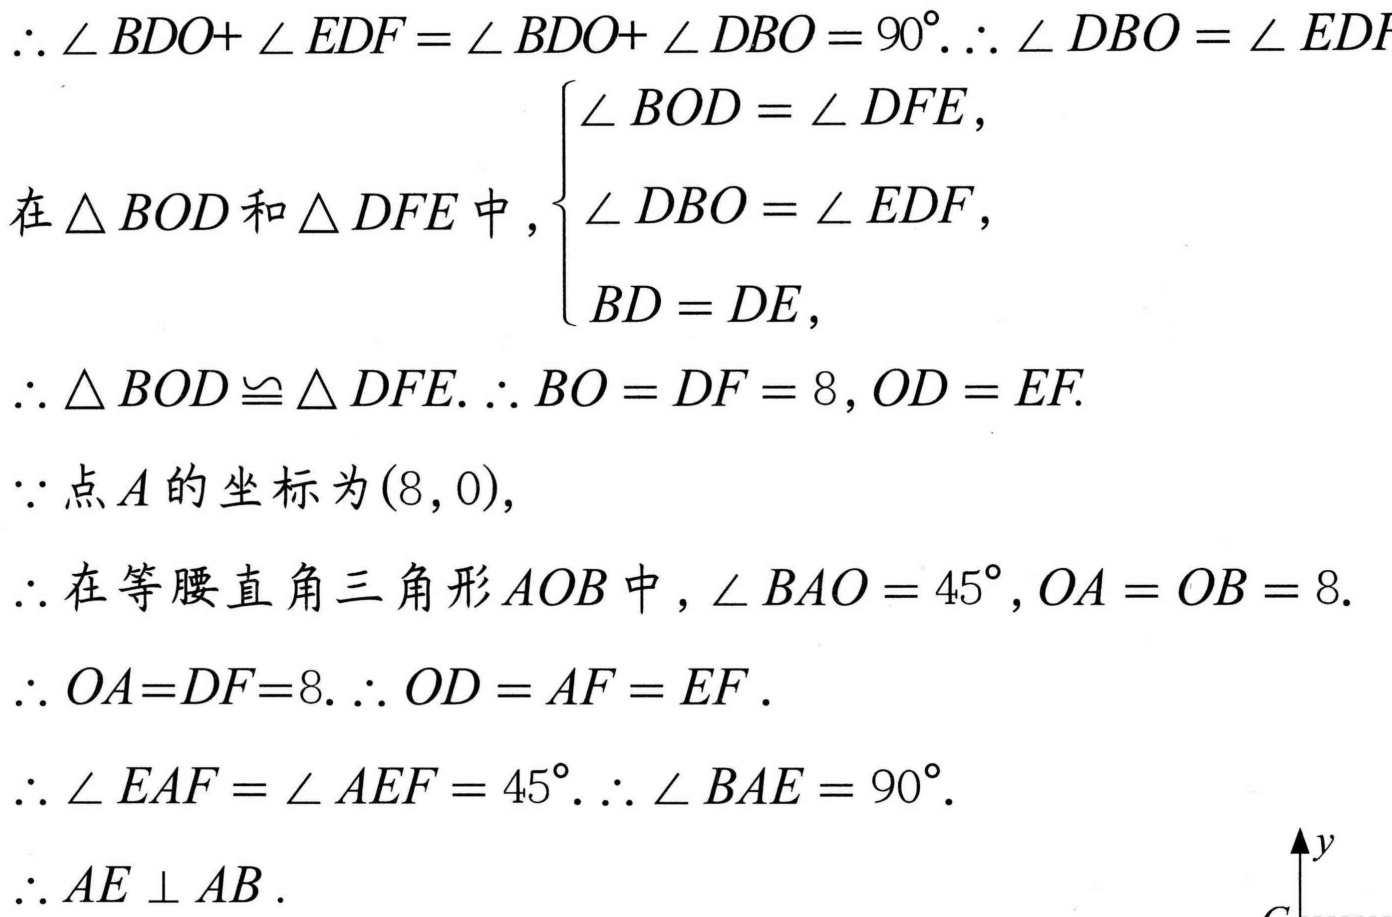
\(\therefore \angle BDO+\angle EDF=\angle BDO + \angle DBO = 90^{\circ}.\therefore \angle DBO=\angle EDF\)
在\(\triangle BOD\)和\(\triangle DFE\)中，\(\begin{cases}
\angle BOD=\angle DFE,\\
\angle DBO=\angle EDF,\\
BD = DE,
\end{cases}\)
\(\therefore \triangle BOD\cong\triangle DFE.\therefore BO = DF = 8,OD = EF.\)
\(\because\)点\(A\)的坐标为\((8,0),\)
\(\therefore\)在等腰直角三角形\(AOB\)中，\(\angle BAO = 45^{\circ},OA = OB = 8.\)
\(\therefore OA=DF = 8.\therefore OD = AF = EF.\)
\(\therefore \angle EAF=\angle AEF = 45^{\circ}.\therefore \angle BAE = 90^{\circ}.\)
\(\therefore AE\perp AB.\)